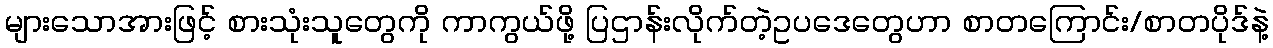
များသောအားဖြင့် စားသုံးသူတွေကို ကာကွယ်ဖို့ ပြဌာန်းလိုက်တဲ့ဥပဒေတွေဟာ စာတကြောင်း/စာတပိုဒ်နဲ့